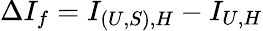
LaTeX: \Delta I_{f}=I_{(U,S),H}-I_{U,H}